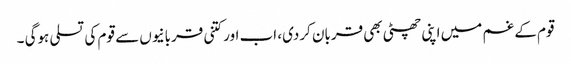
قوم کے غم میں اپنی چھٹی بھی قربان کردی، اب اور کتنی قربانیوں سے قوم کی تسلی ہوگی ۔